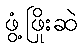
ဖွံ့ဖြိုးဆဲ